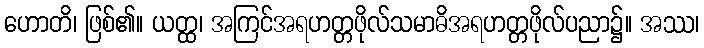
ဟောတိ၊ ဖြစ်၏။ ယတ္ထ၊ အကြင်အရဟတ္တဖိုလ်သမာဓိအရဟတ္တဖိုလ်ပညာ၌။ အဿ၊